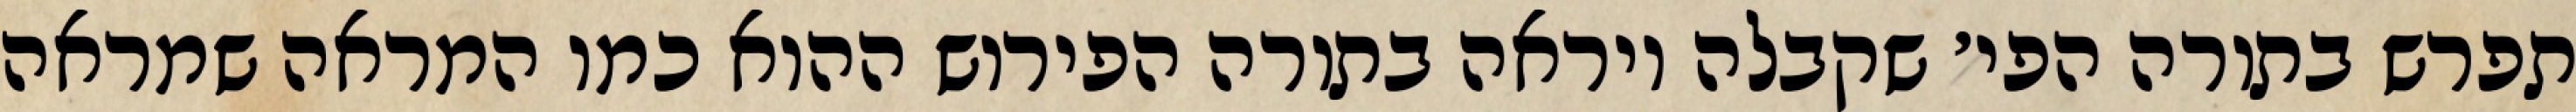
תפרש בתורה הפי׳ שקבלה ויראה בתורה הפירוש ההוא כמו המראה שמראה